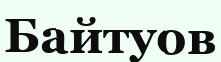
Байтуов